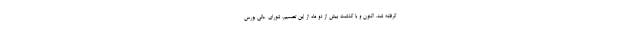
گرفته شد. اکنون و با گذشت بیش از دو ماه از این تصمیم، شورای عالی بورس